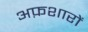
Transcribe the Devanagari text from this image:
अफ़शारों